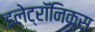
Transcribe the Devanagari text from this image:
इलेट्रॉनिक्स